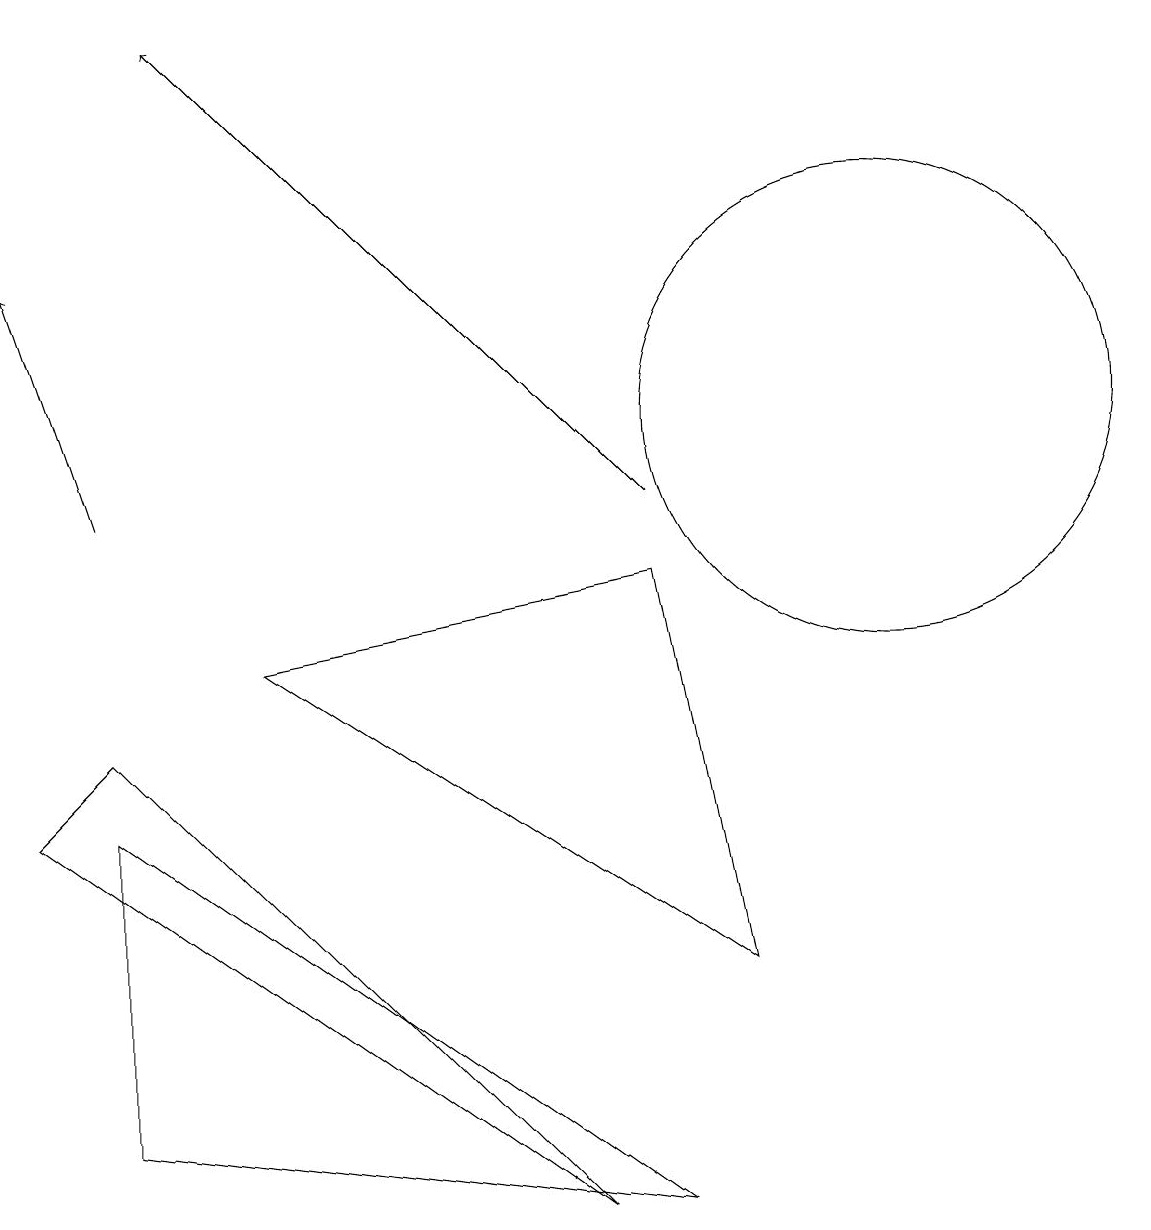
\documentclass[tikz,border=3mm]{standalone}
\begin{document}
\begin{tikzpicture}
\draw[->] (1,10) -- (0,13);
\draw (3,8) -- (9,4) -- (8,9) -- cycle;
\draw[->] (8,10) -- (2,16);
\draw (1,6) -- (1,2) -- (8,1) -- cycle;
\draw (11,11) circle (3);
\draw (7,1) -- (0,6) -- (1,7) -- cycle;
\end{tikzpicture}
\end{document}